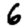
Digit: 6